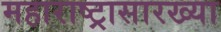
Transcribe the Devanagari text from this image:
महाराष्ट्रासारख्‍या